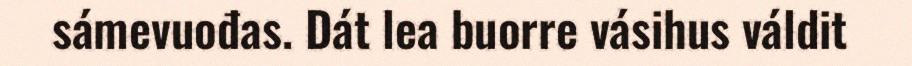
sámevuođas. Dát lea buorre vásihus váldit